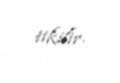
tikilir.